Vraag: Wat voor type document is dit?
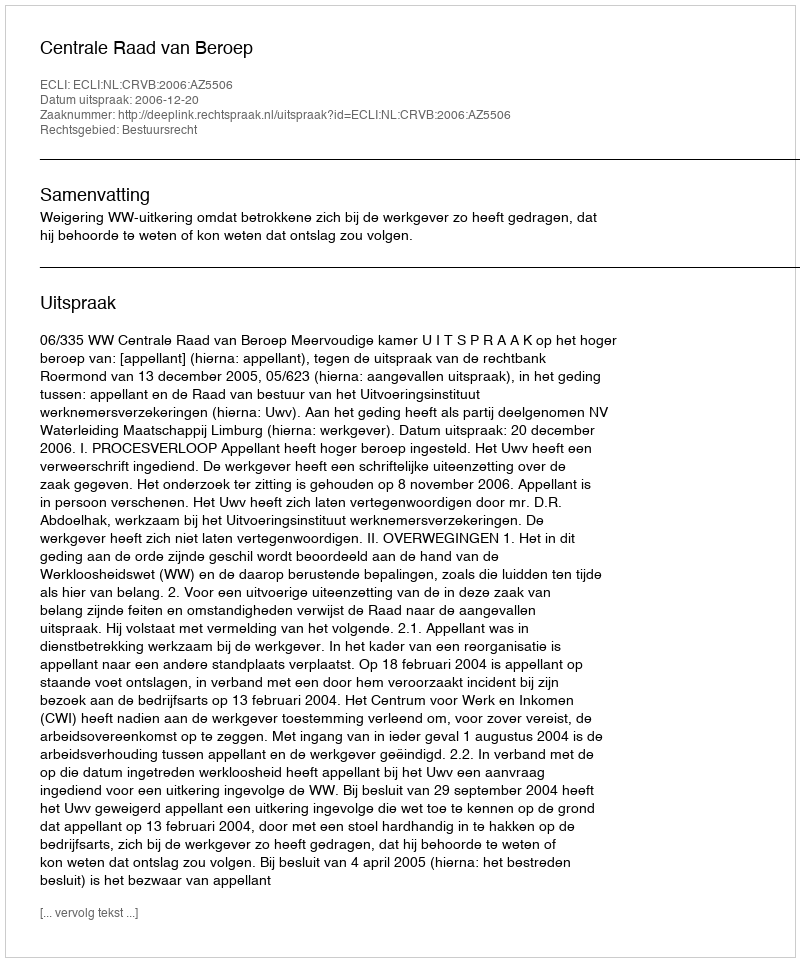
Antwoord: Uitspraak